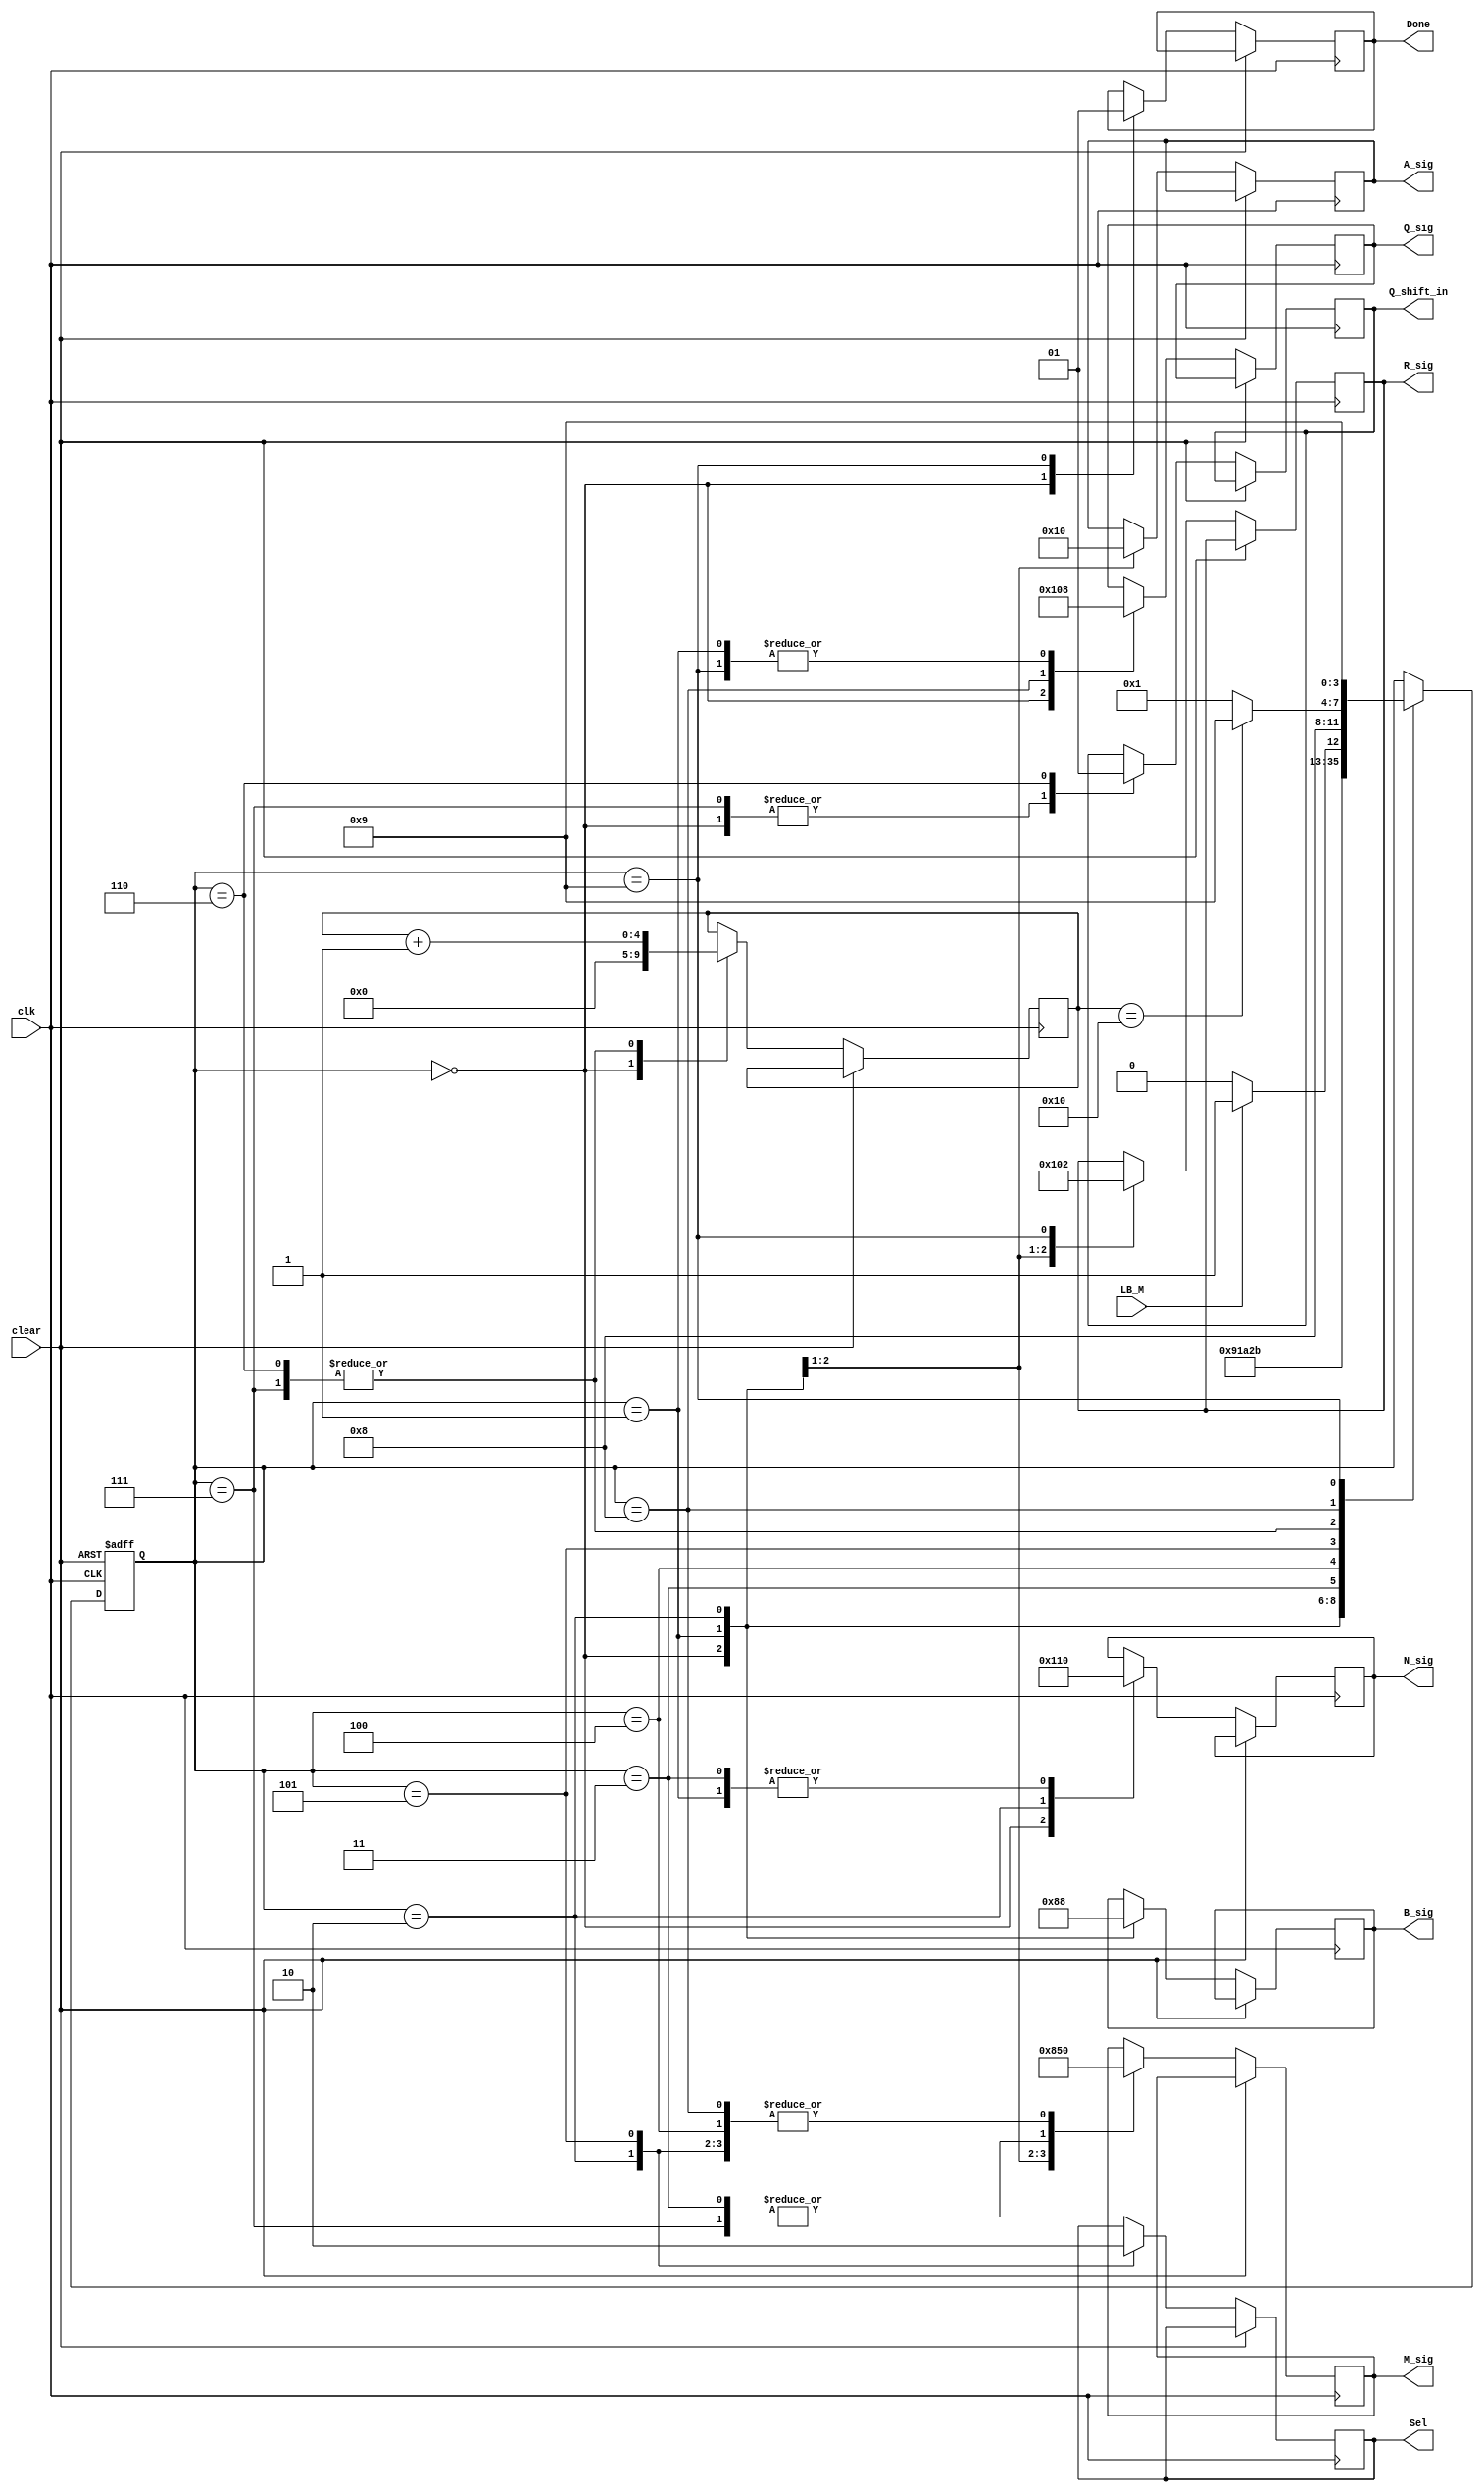
`timescale 1ns / 100ps
 //////////////////
  // THE CONTROLLER MODULE
////////////////////////

module controller_unit (clk, clear, LB_M, Done, Q_shift_in, Sel, A_sig, B_sig, M_sig, N_sig, R_sig, Q_sig);

 input clk;
 input clear;
 input LB_M;
 output reg Done;
 output reg Q_shift_in;
 output reg Sel;
 output reg [2:0] A_sig, B_sig, M_sig, N_sig, R_sig, Q_sig;

reg [3:0] state;
 parameter   clearS = 4'b0000, ShiftS = 4'b0001, HoldS = 4'b0010, SubtractS = 4'b0011, WaitS = 4'b0100, TestS = 4'b0101,
             NoOverflowS = 4'b0110, OverflowS = 4'b0111, EndS = 4'b1000, DoneS = 4'b1001;

  reg [4:0] Count;

 always @ (posedge clk, posedge clear)
 begin
       if (clear == 1) state <= clearS;
          else 
            begin
                   case (state)
                         clearS: begin
                          state <= ShiftS;
                          A_sig <= 3'b010;      // load A    
                          B_sig <= 3'b010;      //load B
                          M_sig <= 3'b100;     //clear M
                          N_sig <= 3'b100;    // clear N
                          R_sig <= 3'b100;   // clear R
                          Q_sig <= 3'b100;  // clear Q
                          Count <= 0;     // initialize count
                          Done <= 0;
                           Q_shift_in <= 0;
                          end
   
                 ShiftS:  begin
                            state <= HoldS; //next state stores
                          A_sig <= 3'b000;      // hold A    
                          B_sig <= 3'b001;      //shift B
                          M_sig <= 3'b001;     //shift M
                          N_sig <= 3'b000;    // hold N
                          R_sig <= 3'b000;   // hold R
                          Q_sig <= 3'b000;  // hold Q
                          end

                    HoldS: begin
                            state <= SubtractS;
                          B_sig <= 3'b000;      //holds B
                          M_sig <= 3'b000;     //holds M
                          N_sig <= 3'b010;    // loads N
                         Sel <= 1;       //select A_out
                        end
  
                     SubtractS: begin
                             state <= WaitS;
                          M_sig <= 3'b010;     //loads M with A_out
                          N_sig <= 3'b000;    // holds N
                         end
 
                     WaitS: begin
                            state <= TestS;
                           M_sig <= 3'b000;
                          end
 
                    TestS: begin
                          M_sig <= 3'b000; //holds M
                          Sel <= 0;     //select temp
                          if (LB_M == 1'b1) state <= OverflowS;  //go to overflow if A[7] = 1
                           else if (LB_M == 1'b0) state <= NoOverflowS;  //go to NoOverflow if A[7] = 0
                          end

                    OverflowS: begin
                        state <= EndS;
                        M_sig <= 3'b010;
                        Q_shift_in <= 0;
                         Count <= Count+1;
                        end

                      NoOverflowS: begin
                            state <= EndS;
                             M_sig <= 3'b000;  //hold M
                             Q_shift_in <= 1;
                             Count <= Count+1;
                           end

                       EndS: begin
                           M_sig <= 3'b000;  //hold M
                           Q_sig <= 3'b001;   //shift Q
                            if (Count == 16) state <= DoneS;
                                else state = ShiftS;
                           end

                        DoneS: begin
                           state <= DoneS;
                            R_sig <= 3'b010; //load R
                            Q_sig <= 3'b000;   //hold Q
                             Done <= 1;
                           end

                 endcase
         end
   end
 endmodule